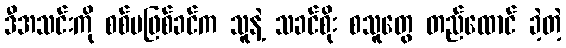
ဒီအသင်းကို စစ်မဖြစ်ခင်က သူနဲ့ သခင်စိုး စသူတွေ တည်ထောင် ခဲ့တဲ့